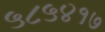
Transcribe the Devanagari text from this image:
५८५४१७